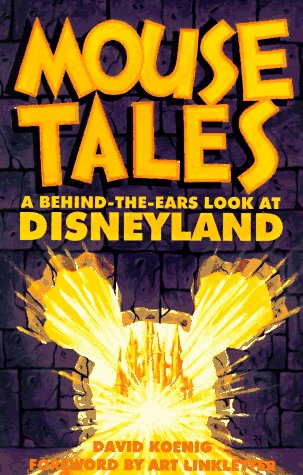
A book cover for Mouse Tales: A Behind-The-Ears Look at Disneyland; David Koenig; Business & Money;